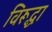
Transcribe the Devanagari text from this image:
विरूद्धा